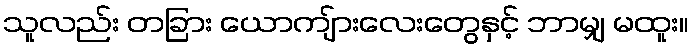
သူလည်း တခြား ယောကျ်ားလေးတွေနှင့် ဘာမျှ မထူး။